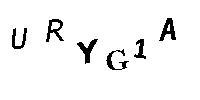
URYG1A